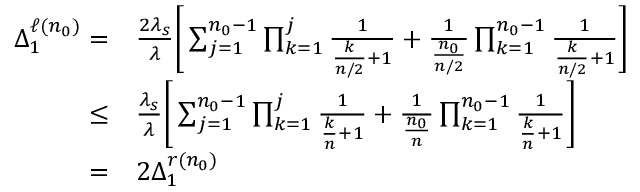
\begin{array} { r l } { \Delta _ { 1 } ^ { \ell ( n _ { 0 } ) } = } & { \frac { 2 \lambda _ { s } } { \lambda } \Bigg [ \sum _ { j = 1 } ^ { n _ { 0 } - 1 } \prod _ { k = 1 } ^ { j } \frac { 1 } { \frac { k } { n / 2 } + 1 } + \frac { 1 } { \frac { n _ { 0 } } { n / 2 } } \prod _ { k = 1 } ^ { n _ { 0 } - 1 } \frac { 1 } { \frac { k } { n / 2 } + 1 } \Bigg ] } \\ { \leq } & { \frac { \lambda _ { s } } { \lambda } \Bigg [ \sum _ { j = 1 } ^ { n _ { 0 } - 1 } \prod _ { k = 1 } ^ { j } \frac { 1 } { \frac { k } { n } + 1 } + \frac { 1 } { \frac { n _ { 0 } } { n } } \prod _ { k = 1 } ^ { n _ { 0 } - 1 } \frac { 1 } { \frac { k } { n } + 1 } \Bigg ] } \\ { = } & { 2 \Delta _ { 1 } ^ { r ( n _ { 0 } ) } } \end{array}